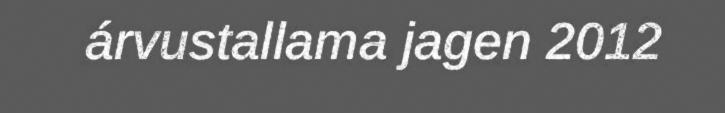
árvustallama jagen 2012